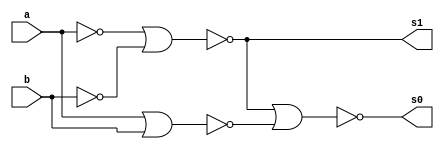
// ---------------------
// Guia 03_04 - Meia Soma NOR
// Nome: Marley Ribeiro
// ---------------------

// ---------------------
// -- meia soma
// ---------------------

module meiasoma (s0, s1, a, b);
 output s0, s1;
 input  a, b;
 wire s2,s3,s4;
 
 nor norgate1 (s2, a, a);
 nor norgate2 (s3, b, b);
 nor norgate3 (s1, s2, s3);
 nor norgate4 (s4, a, b); 
 nor norgate5 (s0, s1, s4);
 
endmodule // meia soma

// --------------------------
// -- test meia soma nor
// --------------------------

module testmeiasoma;
 reg   a, b;             
 wire  s0, s1;
          // instancia
 meiasoma MEIASOMA1 (s0, s1, a, b);

 initial begin
      

 
      $display("Guia 03_04 - Marley Ribeiro - 414510");
      $display("Test Meia Soma NOR gate");
      $display("\n a & b = s0 s1\n");
      $monitor(" %b & %b = %b %b", a, b, s0, s1);

      a=0; b=0;
  #1  a=0; b=1; 
  #1  a=1; b=0; 
  #1  a=1; b=1; 
  
 end

endmodule // testmeiasoma